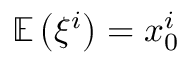
\mathbb { E } \left( \xi ^ { i } \right) = x _ { 0 } ^ { i }